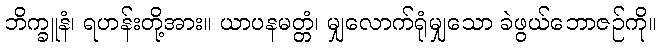
ဘိက္ခူနံ၊ ရဟန်းတို့အား။ ယာပနမတ္တံ၊ မျှလောက်ရုံမျှသော ခဲဖွယ်ဘောဇဉ်ကို။